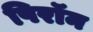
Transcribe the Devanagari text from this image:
पिरॉन